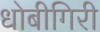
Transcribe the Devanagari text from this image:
धोबीगिरी